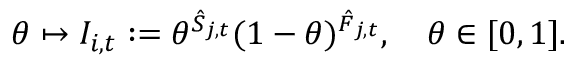
\theta \mapsto I _ { i , t } : = \theta ^ { \hat { S } _ { j , t } } ( 1 - \theta ) ^ { \hat { F } _ { j , t } } , \quad \theta \in [ 0 , 1 ] .